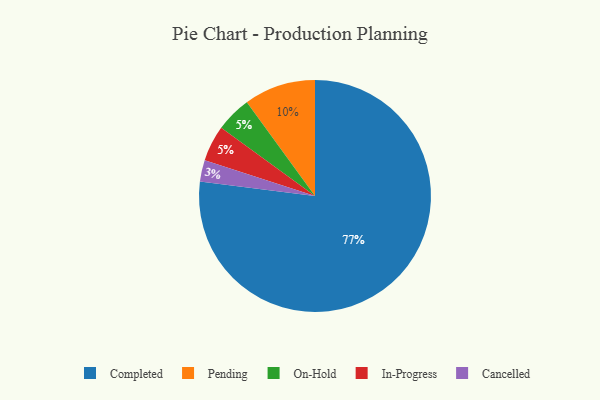
{"axis": {"x": "Category", "y": "Percentage"}, "legend": ["Cancelled", "Completed", "In-Progress", "On-Hold", "Pending"], "data": [{"x": "Cancelled", "y": 3, "type": "Cancelled"}, {"x": "Completed", "y": 77, "type": "Completed"}, {"x": "Pending", "y": 10, "type": "Pending"}, {"x": "On-Hold", "y": 5, "type": "On-Hold"}, {"x": "In-Progress", "y": 5, "type": "In-Progress"}]}